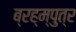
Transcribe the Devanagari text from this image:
ब्रह्म्पुत्र